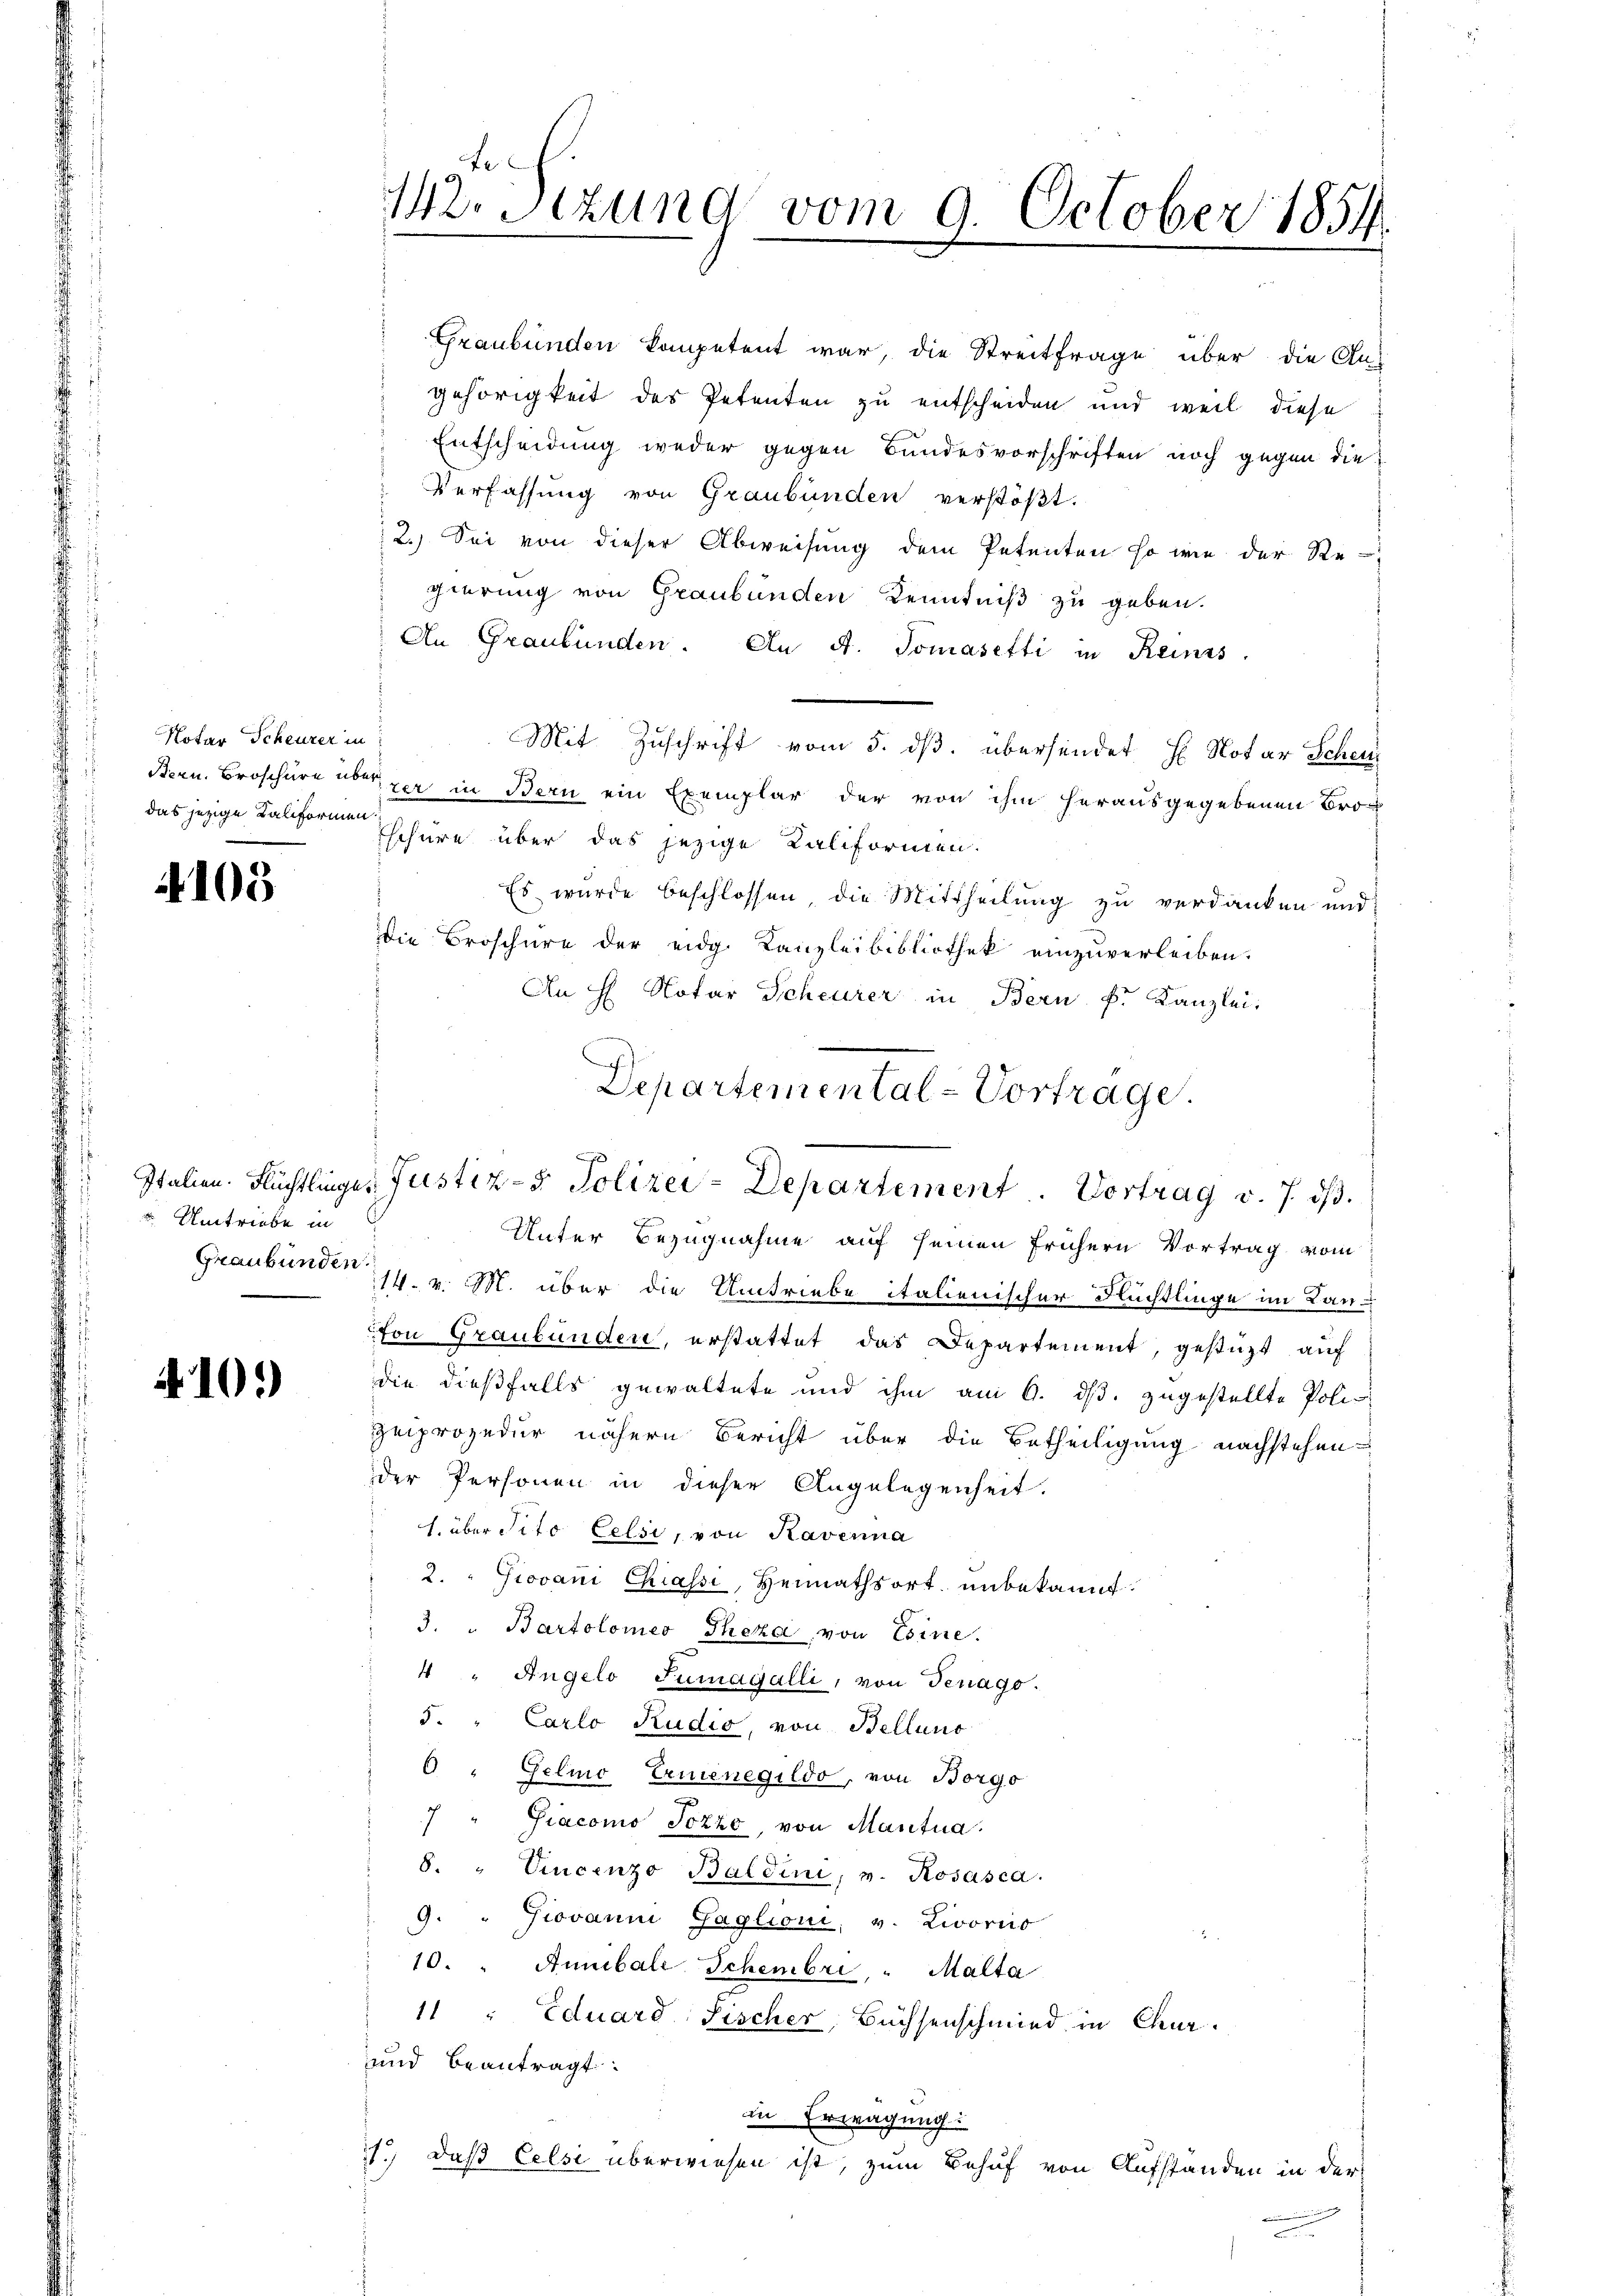
Notar Scheurer in
das jezige Kaliformen.

105

Umtriebe in

4101)

te
Mritzung vom 9. October 1854.

2.) Sei von dieser Abweisung dem Petenten so wie der Re-
gierung von Graubünden Kenntniß zu geben.
An Graubünden. An A. Tomasetti in Reinis
Mit Zuschrift vom 5. ds. übersendet H Notar Schei
J
Bern. Broschüre überzer in Bern ein Exemplar der von ihm herausgegebenen Broschüre über das jezige Kaliformen.
Es wurde beschlossen, die Mittheilung zu verdanken und
Die Broschüre der eidg. Kanzleibibliothek einzuverleiben.
An H Notar Scheurer in Bern k. Kanzlei,
Departemental-Vortrage.

Graubünden kompetent war, die Streitfrage über die An-
gehörigkeit des Petenten zu entscheiden und weil diese
Entscheidung weder gegen Bundesvorschriften noch gegen die
Verfassung von Graubünden verstößt.

Italien. Flüchtlinger Justiz- & Polizei-Departement . Vortrag v. 7. dβ.

Unter Bezugnahme auf seinen frühern Vortrag vom
Graubünden 14. v. M. über die Umtriebe italienischer Flüchtlinge im Lanton Graubünden, erstattet das Departement, gestüzt auf
die dießfalls gewaltete und ihm am 6. ds. zugestellte Poli-
zeiprozedur nähern Bericht über die Betheiligung nachstehen-
der Personen in dieser Angelegenheit.
1. über Tito Celsi, von Kavenna
" 2. " Giovani Chassi, Heimathsort unbekannt.
3. " Bartolomeo Theza, von Esine.
4 " Angelo Jumagalli, von Jenago.
5. " Carlo Rudio, von Bellino
 Gelio Ernenegildo, von Borgo
 Giacomo Jozzo, von Mantua
8. Vincenzo Baldini, v. Rosasca.
9. " Jovanni Gaglioni, v. Livorcio
n
10. " Annibale Schembri " Malta
11 " Eduard Fischer Büchsenschmied in Chur-
und beantragt.
in Erwägung:
11.) daß Celsi überwiesen ist, zum Behuf von Aufstanden in der